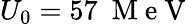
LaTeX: U_{0}=57~\mathrm{~M~e~V~}